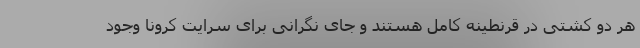
هر دو کشتی در قرنطینه کامل هستند و جای نگرانی برای سرایت کرونا وجود